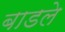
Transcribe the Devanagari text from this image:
बाडले